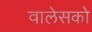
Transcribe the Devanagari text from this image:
वालेसको